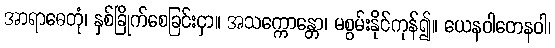
အာရာဓေတုံ၊ နှစ်ခြိုက်စေခြင်းငှာ။ အသက္ကောန္တော၊ မစွမ်းနိုင်ကုန်၍။ ယေနဝါတေနဝါ၊